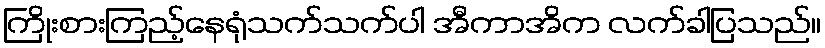
ကြိုးစားကြည့်နေရုံသက်သက်ပါ အီကာအိက လက်ခါပြသည်။